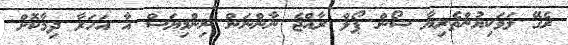
ރެގޭ ލަވަކިޔުންތެރިޔާ ޝޯން ޕޯލް ރާއްޖެ ނާންނަން ނިންމިޔަސް އާ އަހަރާ ދިމާކޮށް